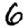
Digit: 6